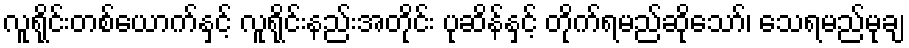
လူရိုင်းတစ်ယောက်နှင့် လူရိုင်းနည်းအတိုင်း ပုဆိန်နှင့် တိုက်ရမည်ဆိုသော်၊ သေရမည်မုချ